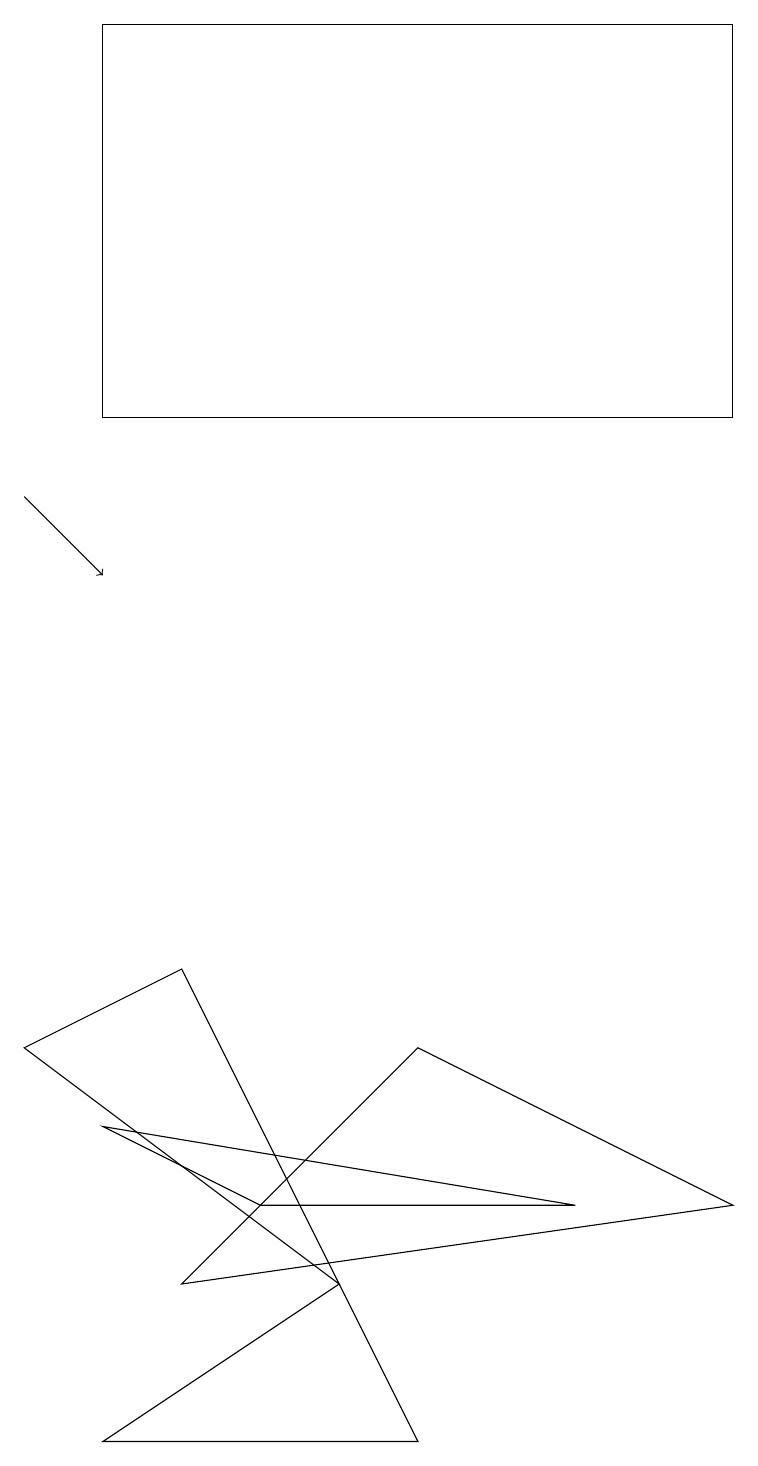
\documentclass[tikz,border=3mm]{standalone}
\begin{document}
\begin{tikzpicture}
\draw (0,5) -- (4,2) -- (2,6) -- cycle;
\draw[->] (0,12) -- (1,11);
\draw (7,3) -- (1,4) -- (3,3) -- cycle;
\draw (2,2) -- (5,5) -- (9,3) -- cycle;
\draw (1,0) -- (4,2) -- (5,0) -- cycle;
\draw (9,13) rectangle (1,18);
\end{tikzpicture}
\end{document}